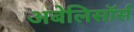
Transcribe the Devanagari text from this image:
अबेलिसॉर्स